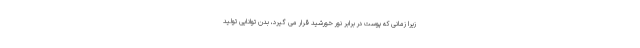
زیرا زمانی که پوست در برابر نور خورشید قرار می گیرد، بدن توانایی تولید